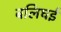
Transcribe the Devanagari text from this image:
बलिघई